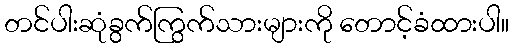
တင်ပါးဆုံခွက်ကြွက်သားများကို တောင့်ခံထားပါ။